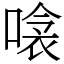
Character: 𠹸